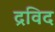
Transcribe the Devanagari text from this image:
द्रविद